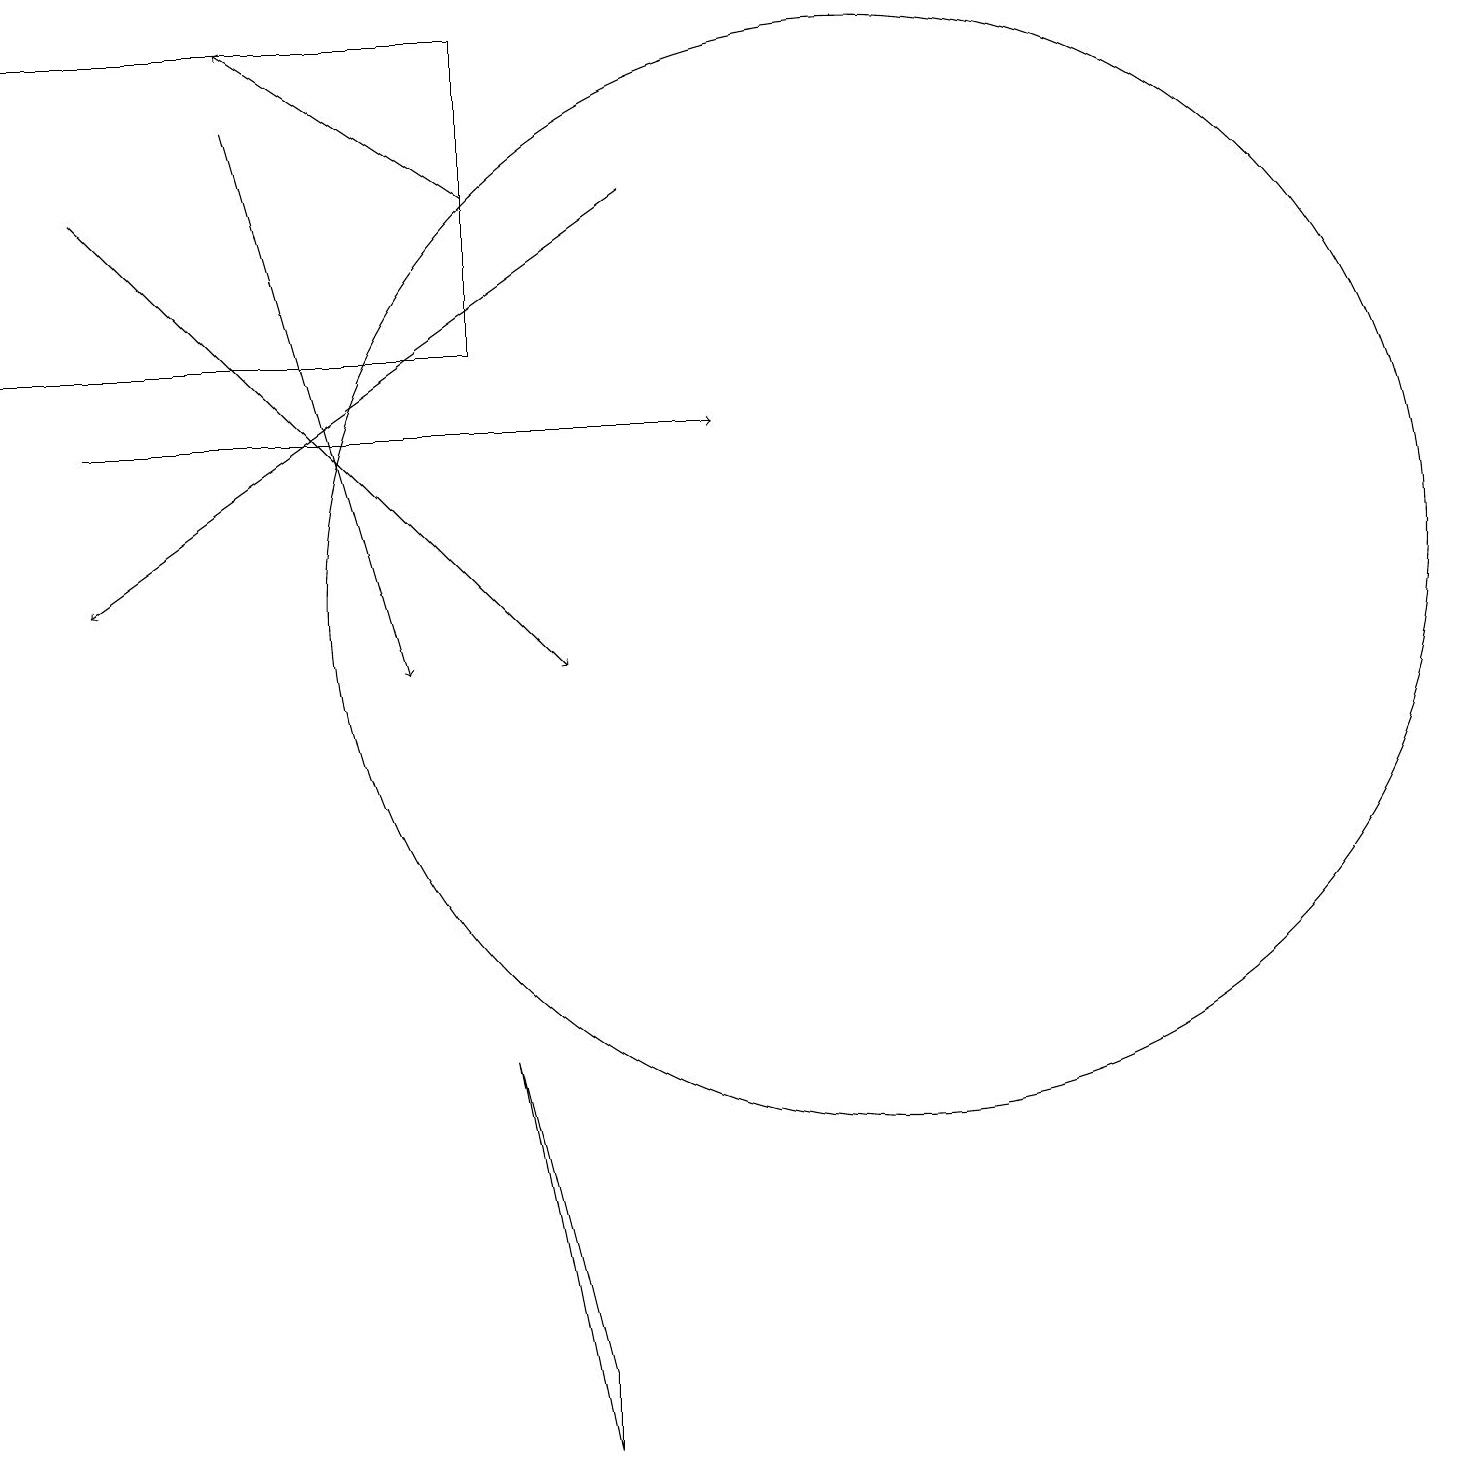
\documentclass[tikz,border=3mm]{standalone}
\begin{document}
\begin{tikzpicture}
\draw[->] (8,16) -- (1,11);
\draw[->] (3,17) -- (5,10);
\draw[->] (1,13) -- (9,13);
\draw (6,14) rectangle (0,18);
\draw[->] (1,16) -- (7,10);
\draw (6,5) -- (7,0) -- (7,1) -- cycle;
\draw[->] (6,16) -- (3,18);
\draw (11,11) circle (7);
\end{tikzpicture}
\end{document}